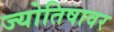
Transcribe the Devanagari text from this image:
ज्योतिषावर